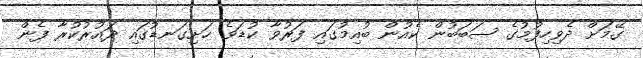
ގޭމަށް ދެވިހިފުމުގެ ސަބަބުން ކެއުން ބުއިމުގައި ފަރުވާ ކުޑަވެ ހަށިގަނޑުގައި ދައުރުކުރާ ފެން